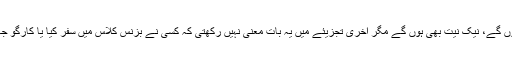
احمدی نژاد، ملا عمر اور سشیل کوئیرالہ یقیناً اپنے اپنے ممالک کے لئے اچھے ہوں گے، نیک نیت بھی ہوں گے مگر آخری تجزیئے میں یہ بات معنی نہیں رکھتی کہ کسی نے بزنس کلاس میں سفر کیا یا کارگو جہاز میں، حتمی فیصلہ اس بات پر ہوتا ہے کہ ملک کے شہریوں کو کیا فائدہ پہنچا۔